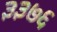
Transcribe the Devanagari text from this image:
३३७६